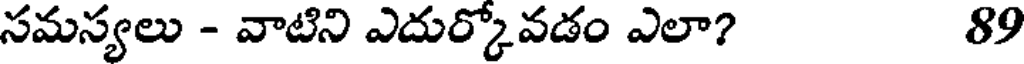
సమస్యలు - వాటిని ఎదుర్కోవడం ఎలా? 89